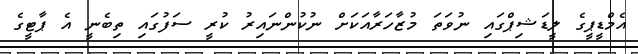
އެމްޑީޕީގެ ލީޑަޝިޕްގައި ނުވަތަ މުޒާހަރާއަކަށް ނުކުންނައިރު ކުރީ ސަފުގައި ތިބެނީ އެ ޕާޓީގެ